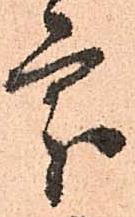
處